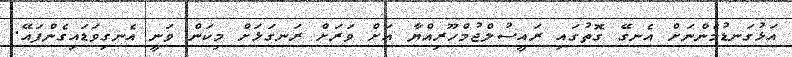
އަޅުގަނޑުމެންނަށް އެނގޭ ގޮތުގައި ރައީސުލްޖުމްހޫރިއްޔާ އަށް ވަރަށް ރަނގަޅަށް މިކަން ވަނީ އެނގިވަޑައިގެންފައޭ.